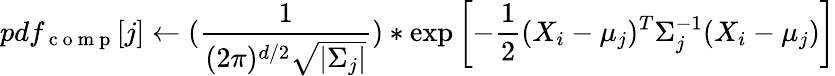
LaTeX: pdf_{\mathrm{~c~o~m~p~}}[j]\leftarrow(\frac{1}{(2\pi)^{d/2}\sqrt{|\Sigma_{j}|}})*\exp\left[-\frac{1}{2}(X_{i}-\mu_{j})^{T}\Sigma_{j}^{-1}(X_{i}-\mu_{j})\right]